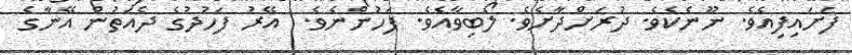
ފަށައިފިއެވެ. ނޫނެކެވެ. ދުރަށްދާށެވެ. ލޯބިވާއެވެ. ފަހުންނެވެ.  އޭރު ފަހުދުގެ ދެއަތުން އޭނާގެ